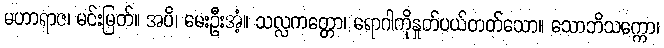
မဟာရာဇ၊ မင်းမြတ်။ အပိ၊ မေးဦးအံ့။ သလ္လကတ္တော၊ ရောဂါကိုနှုတ်ပယ်တတ်သော။ သောဘိသက္ကော၊